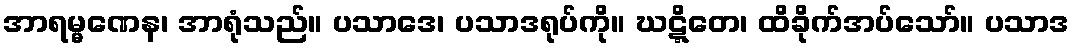
အာရမ္မဏေန၊ အာရုံသည်။ ပသာဒေ၊ ပသာဒရုပ်ကို။ ဃဋ္ဋိတေ၊ ထိခိုက်အပ်သော်။ ပသာဒ